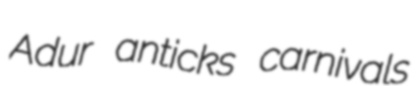
Adur anticks carnivals